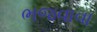
ભજવાવા